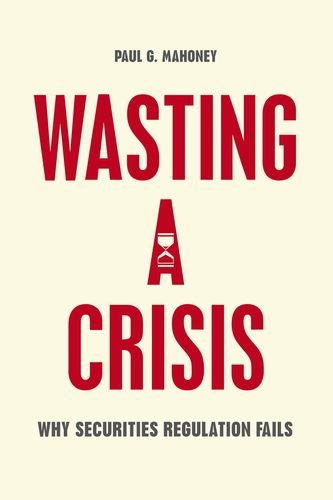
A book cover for Wasting a Crisis: Why Securities Regulation Fails; Paul G. Mahoney; Law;